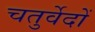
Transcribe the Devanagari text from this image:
चतुर्वेदों